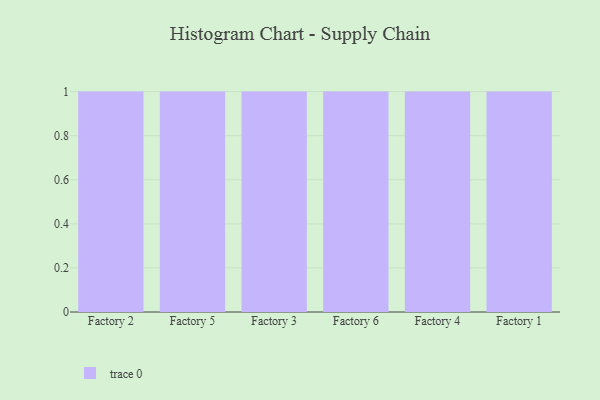
{"axis": {"x": "Factory", "y": "Humidity (%)"}, "legend": [""], "data": [{"x": "Factory 2", "y": 1, "type": ""}, {"x": "Factory 5", "y": 3, "type": ""}, {"x": "Factory 3", "y": 47, "type": ""}, {"x": "Factory 6", "y": 6, "type": ""}, {"x": "Factory 4", "y": 22, "type": ""}, {"x": "Factory 1", "y": 85, "type": ""}]}